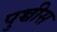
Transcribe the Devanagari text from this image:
पुच्चीस